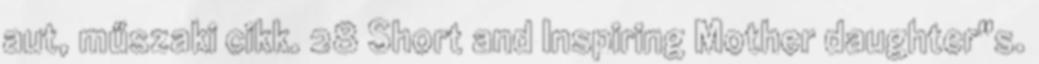
aut, műszaki cikk. 28 Short and Inspiring Mother daughter"s.